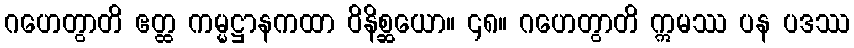
ဂဟေတွာတိ ဧတ္ထ ကမ္မဋ္ဌာနကထာ ဝိနိစ္ဆယော။ ၄၈။ ဂဟေတွာတိ ဣမဿ ပန ပဒဿ